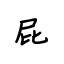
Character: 屁